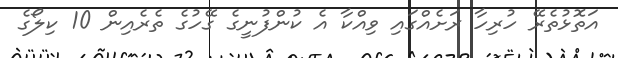
އަތޮޅުތެރޭ ހުރިހާ ރަށެއްގައި ވިއްކާ އެ ކުންފުނީގެ ގޭހުގެ ތެރެއިން 10 ކިލޯގެ